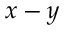
x - y